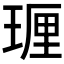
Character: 𪻵